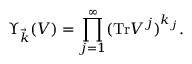
\Upsilon _ { \vec { k } } ( V ) = \prod _ { j = 1 } ^ { \infty } ( \mathrm { T r } V ^ { j } ) ^ { k _ { j } } .